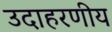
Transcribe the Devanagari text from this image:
उदाहरणीय